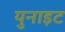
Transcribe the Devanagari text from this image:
युनाइट